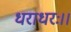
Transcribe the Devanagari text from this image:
धराधरः।।